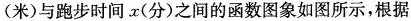
(米)与跑步时间x(分)之间的函数图象如图所示，根据